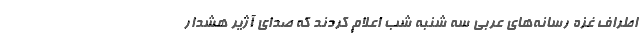
اطراف غزه رسانه‌های عربی سه شنبه شب اعلام کردند که صدای آژیر هشدار